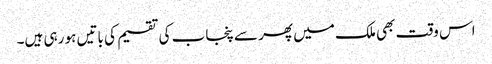
اس وقت بھی ملک میں پھر سے پنجاب کی تقسیم کی باتیں ہو رہی ہیں۔